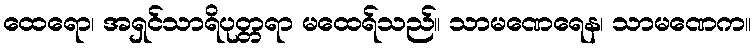
ထေရော၊ အရှင်သာရိပုတ္တရာ မထေရ်သည်။ သာမဏေရေန၊ သာမဏေက။